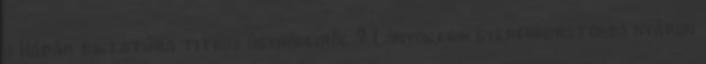
a Kádár diktatúra titkos ügynökeiről ? Lányok,fiuk gyerekkorotokba nyáron